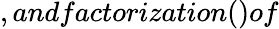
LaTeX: ,andfactorization()of